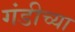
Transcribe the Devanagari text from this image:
गंडीच्या